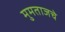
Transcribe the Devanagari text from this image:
मुमताजचे